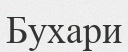
Бухари